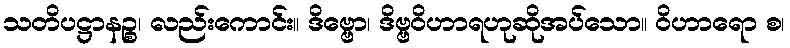
သတိပဋ္ဌာနဉ္စ၊ လည်းကောင်း။ ဒိဗ္ဗော၊ ဒိဗ္ဗဝိဟာရဟုဆိုအပ်သော။ ဝိဟာရော စ၊